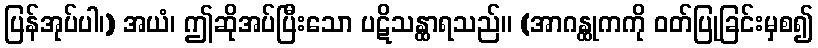
ပြန်အုပ်ပါ၊) အယံ၊ ဤဆိုအပ်ပြီးသော ပဋိသန္ထာရသည်။ (အာဂန္ထုကကို ဝတ်ပြုခြင်းမှစ၍